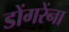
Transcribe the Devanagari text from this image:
डोंगरेंना